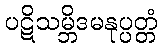
ပဋိသမ္ဘိဒမနုပ္ပတ္တံ